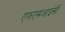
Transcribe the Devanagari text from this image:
एफएमआईसी